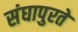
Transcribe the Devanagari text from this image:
संघापुरते